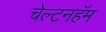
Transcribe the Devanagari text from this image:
चेल्टनहॅम